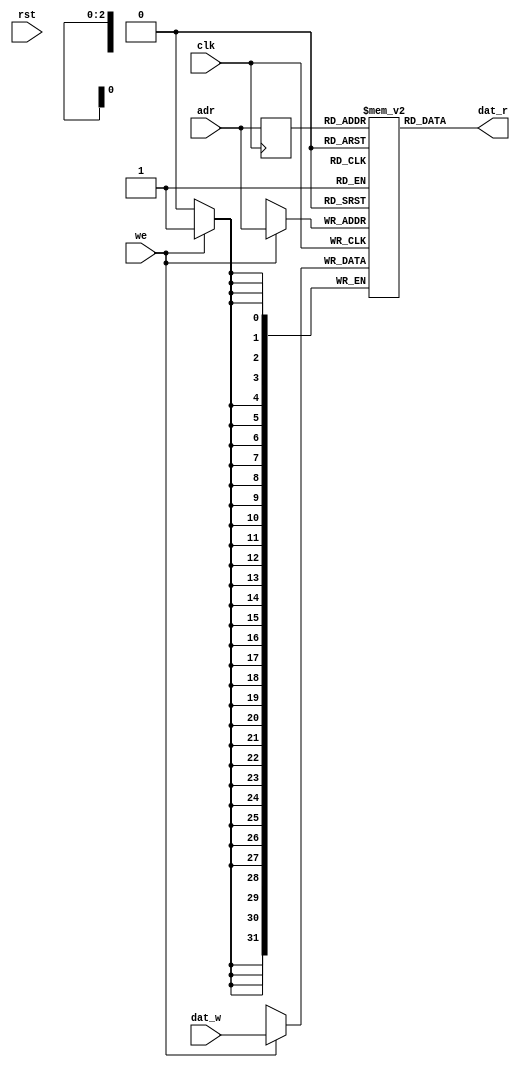
/* Generated by Amaranth Yosys 0.25 (PyPI ver 0.25.0.0.post70, git sha1 e02b7f64b) */

(* \amaranth.hierarchy  = "top" *)
(* top =  1  *)
(* generator = "Amaranth" *)
module top(dat_r, dat_w, we, clk, rst, adr);
  (* src = "/data/Github/SNUHSD2023Spring/Lab4/test_memory.py:8" *)
  input [2:0] adr;
  wire [2:0] adr;
  (* src = "/usr/local/lib/python3.10/dist-packages/amaranth/hdl/ir.py:527" *)
  input clk;
  wire clk;
  (* src = "/data/Github/SNUHSD2023Spring/Lab4/test_memory.py:9" *)
  output [31:0] dat_r;
  wire [31:0] dat_r;
  (* src = "/data/Github/SNUHSD2023Spring/Lab4/test_memory.py:10" *)
  input [31:0] dat_w;
  wire [31:0] dat_w;
  (* src = "/data/Github/SNUHSD2023Spring/Lab4/test_memory.py:18" *)
  wire [2:0] mem_r_addr;
  (* src = "/data/Github/SNUHSD2023Spring/Lab4/test_memory.py:18" *)
  wire [31:0] mem_r_data;
  (* src = "/data/Github/SNUHSD2023Spring/Lab4/test_memory.py:19" *)
  wire [2:0] mem_w_addr;
  (* src = "/data/Github/SNUHSD2023Spring/Lab4/test_memory.py:19" *)
  wire [31:0] mem_w_data;
  (* src = "/data/Github/SNUHSD2023Spring/Lab4/test_memory.py:19" *)
  wire mem_w_en;
  (* src = "/usr/local/lib/python3.10/dist-packages/amaranth/hdl/ir.py:527" *)
  input rst;
  wire rst;
  (* src = "/data/Github/SNUHSD2023Spring/Lab4/test_memory.py:11" *)
  input we;
  wire we;
  reg [31:0] mem [7:0];
  initial begin
    mem[0] = 32'd0;
    mem[1] = 32'd0;
    mem[2] = 32'd0;
    mem[3] = 32'd0;
    mem[4] = 32'd0;
    mem[5] = 32'd0;
    mem[6] = 32'd0;
    mem[7] = 32'd0;
  end
  always @(posedge clk) begin
    if (mem_w_en)
      mem[mem_w_addr] <= mem_w_data;
  end
  reg [2:0] _0_;
  always @(posedge clk) begin
    _0_ <= mem_r_addr;
  end
  assign mem_r_data = mem[_0_];
  assign mem_w_en = we;
  assign mem_w_data = dat_w;
  assign mem_w_addr = adr;
  assign dat_r = mem_r_data;
  assign mem_r_addr = adr;
endmodule